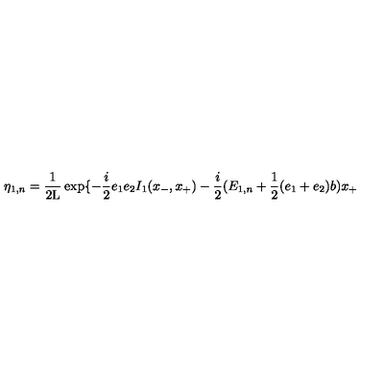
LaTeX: { \eta } _ { 1 , n } = \frac { 1 } { 2 \mathrm { L } } \exp \{ - \frac { i } { 2 } e _ { 1 } e _ { 2 } I _ { 1 } ( x _ { - } , x _ { + } ) - \frac { i } { 2 } ( E _ { 1 , n } + \frac { 1 } { 2 } ( e _ { 1 } + e _ { 2 } ) b ) x _ { + }